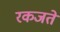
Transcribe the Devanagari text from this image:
रकजते